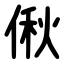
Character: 偢